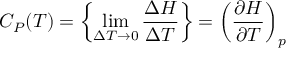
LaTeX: C _ { P } ( T ) = \left\{ \operatorname* { l i m } _ { \Delta T \to 0 } { \frac { \Delta H } { \Delta T } } \right\} = \left( { \frac { \partial H } { \partial T } } \right) _ { p }